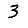
Digit: 3